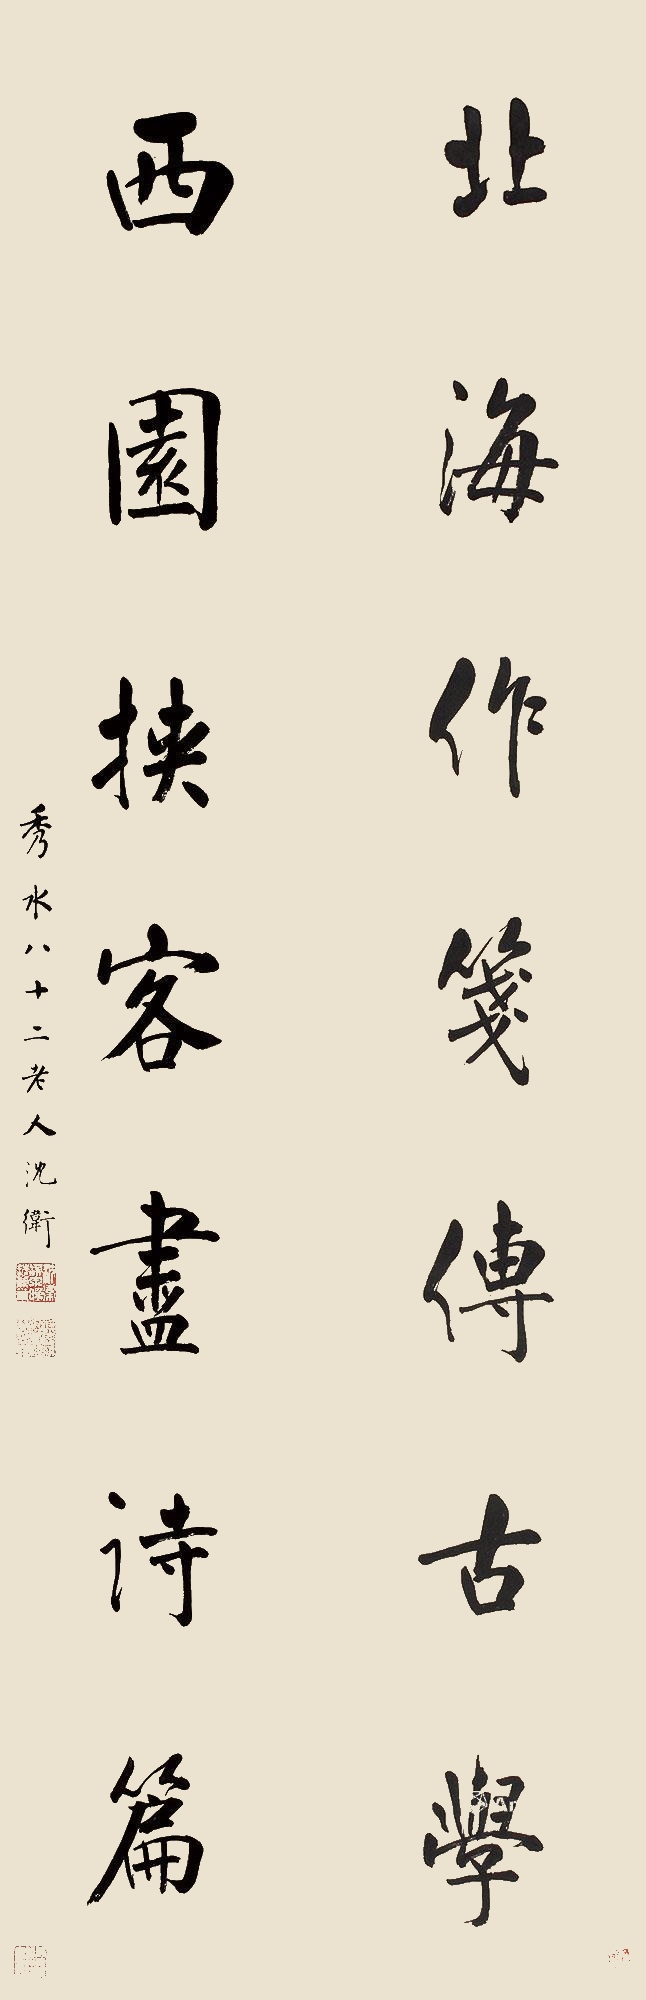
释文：北海作笺传古学，西园挟客尽诗篇。秀水八十二老人沈卫。